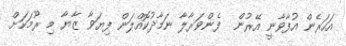
އަހަރެން އުފާވާނީ އޭރުން  ފެންވަރާލާ ނަމާދުކޮއްލަން ފިޔަވާ ޒާޔާ މި ރޫމަކަށް